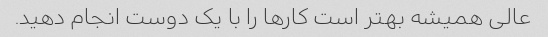
عالی همیشه بهتر است کارها را با یک دوست انجام دهید.